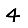
Digit: 4